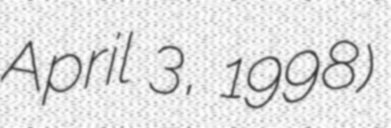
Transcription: April 3, 1998)